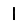
Digit: 1